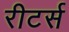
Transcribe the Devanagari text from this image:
रीटर्स